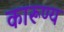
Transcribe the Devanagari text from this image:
कारूण्य